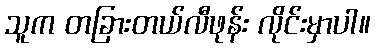
သူက တခြားတယ်လီဖုန်း လိုင်းမှာပါ။